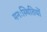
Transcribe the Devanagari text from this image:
मनःस्थितियों